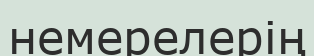
немерелерің